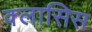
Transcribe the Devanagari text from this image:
क्लासिस